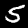
Digit: 5